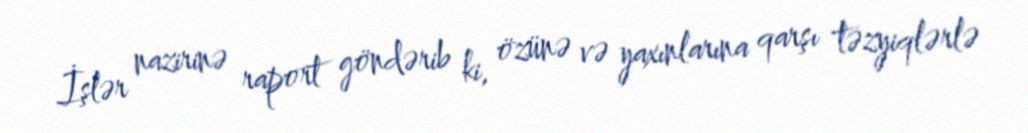
İşlər nazirinə raport göndərib ki, özünə və yaxınlarına qarşı təzyiqlərlə